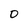
Character: 0